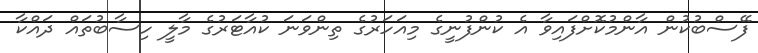
ފޭސްބުކުން އާންމުކޮށްފައިވާ އެ ކުންފުނީގެ މިއަހަރުގެ ތިންވަނަ ކުއާޓަރުގެ މާލީ ހިސާބުތައް ދައްކާ